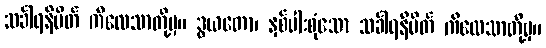
သင်္ခါရနိမိတ် ကိလေသာတို့မှ။ ဒွယတော၊ နှစ်ပါးစုံသော သင်္ခါရနိမိတ် ကိလေသာတို့မှ။